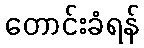
တောင်းခံရန်